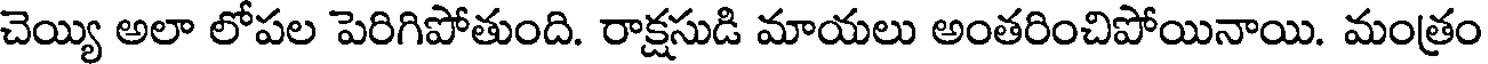
చెయ్యి అలా లోపల పెరిగిపోతుంది. రాక్షసుడి మాయలు అంతరించిపోయినాయి. మంత్రం